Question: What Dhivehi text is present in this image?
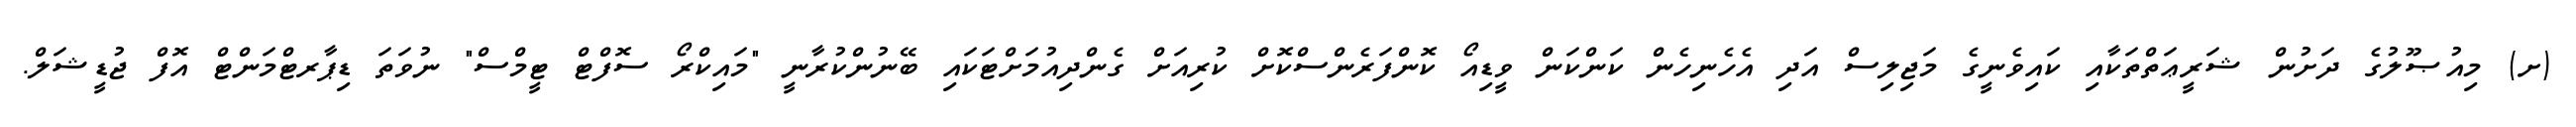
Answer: (ށ) މިއުޞޫލުގެ ދަށުން ޝަރީޢަތްތަކާއި ކައިވެނީގެ މަޖިލިސް އަދި އެހެނިހެން ކަންކަން ވީޑިއޯ ކޮންފަރެންސްކޮށް ކުރިއަށް ގެންދިއުމަށްޓަކައި ބޭނުންކުރާނީ "މައިކްރޯ ސޮފްޓް ޓީމްސް" ނުވަތަ ޑިޕާރޓްމަންޓް އޮފް ޖުޑީޝަލް.